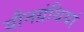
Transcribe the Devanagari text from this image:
यौनग्रंथियां